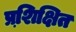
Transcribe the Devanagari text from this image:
प्रशि़क्षित